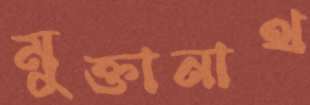
মুক্তানাথ